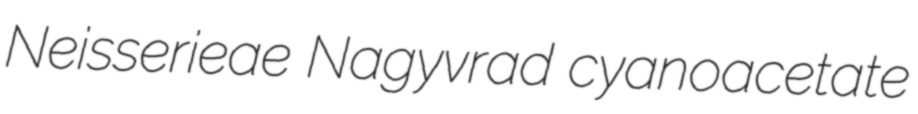
Neisserieae Nagyvrad cyanoacetate